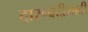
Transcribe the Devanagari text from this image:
दारूबंदीसाठी